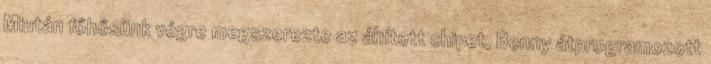
Miután főhősünk végre megszerezte az áhított chipet, Benny átprogramozott